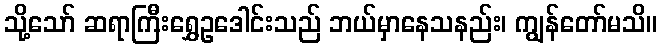
သို့သော် ဆရာကြီးရွှေဥဒေါင်းသည် ဘယ်မှာနေသနည်း၊ ကျွန်တော်မသိ။